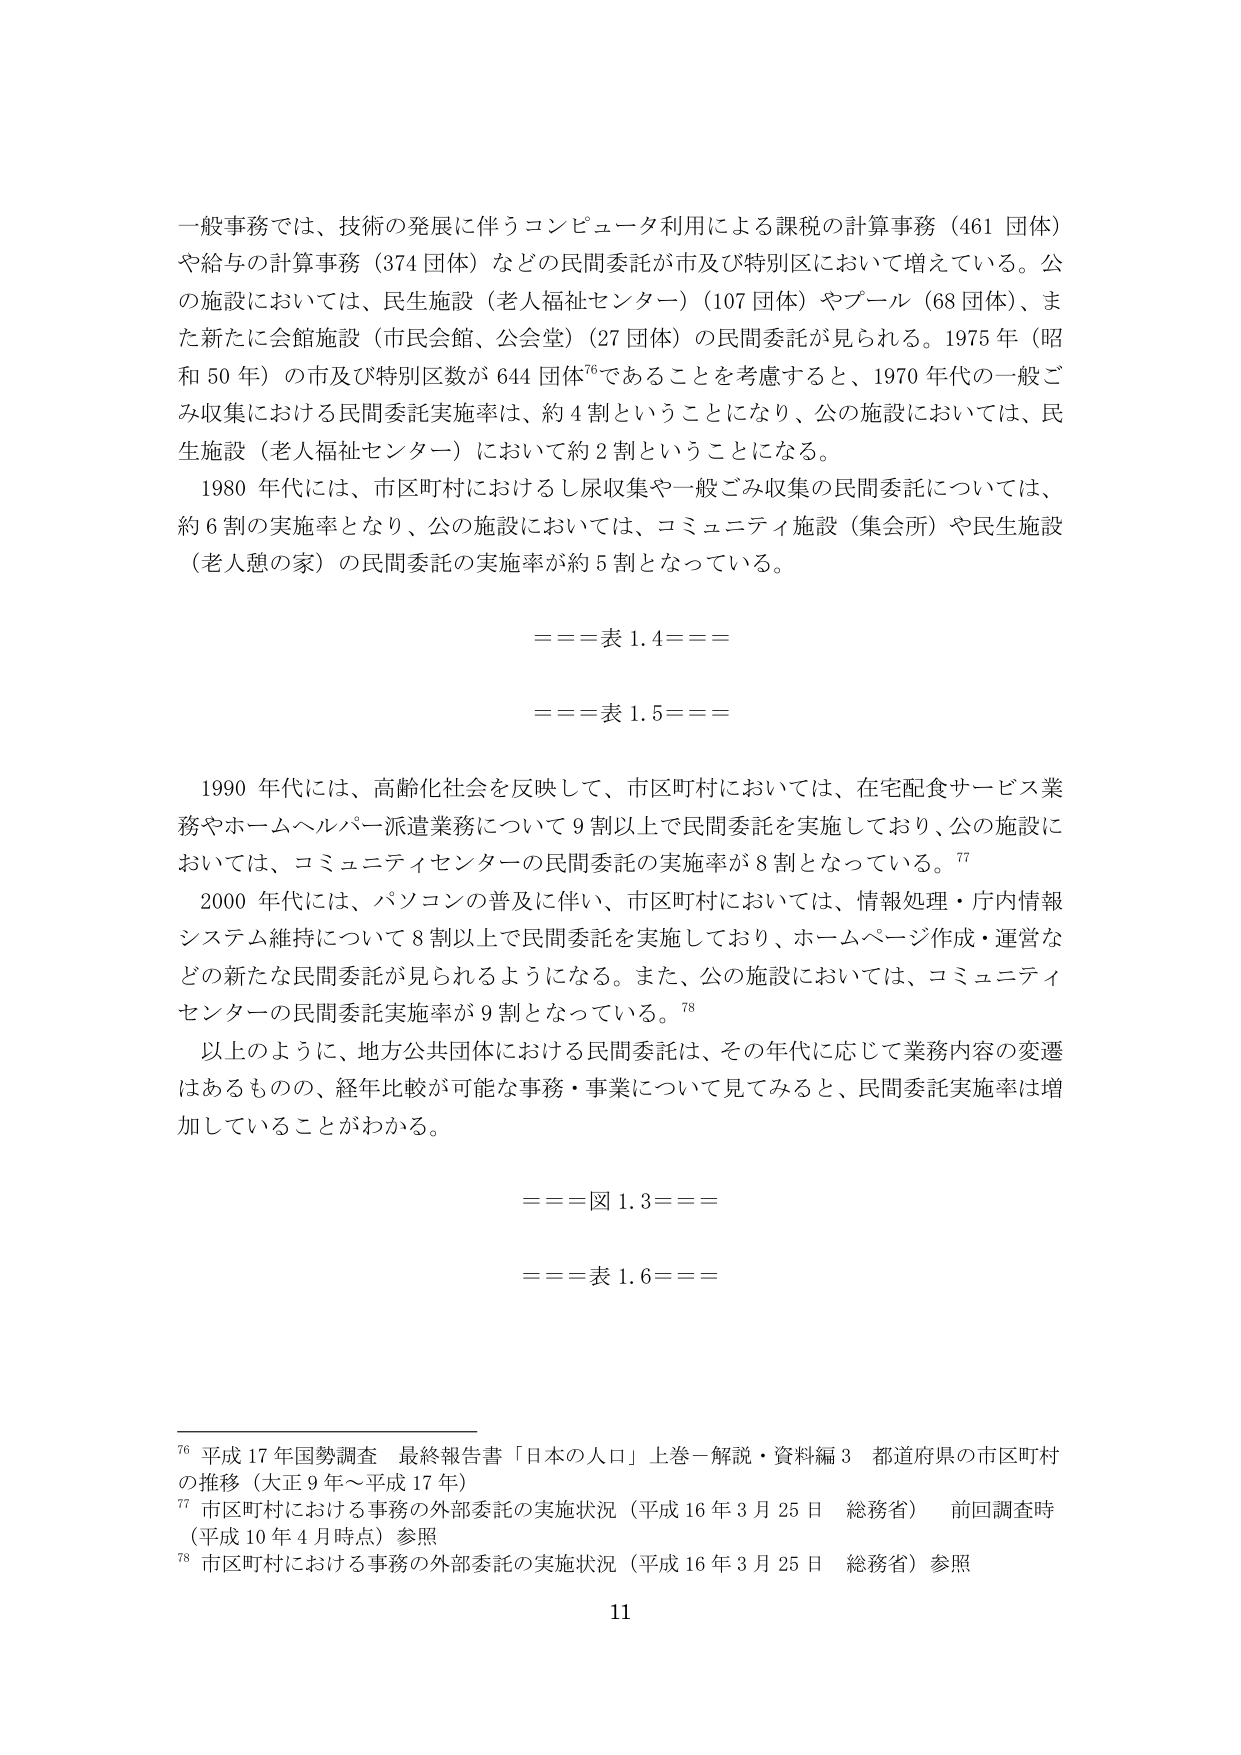
一般事務では、技術の発展に伴うコンピュータ利用による課税の計算事務（461 団体）や給与の計算事務（374 団体）などの民間委託が市及び特別区において増えている。公の施設においては、民生施設（老人福祉センター）（107 団体）やプール（68 団体）、また新たに会館施設（市民会館、公会堂）（27 団体）の民間委託が見られる。1975 年（昭和 50 年）の市及び特別区数が 644 団体⁷⁶であることを考慮すると、1970 年代の一般ごみ収集における民間委託実施率は、約 4 割ということになり、公の施設においては、民生施設（老人福祉センター）において約 2 割ということになる。

1980 年代には、市区町村におけるし尿収集や一般ごみ収集の民間委託については、約 6 割の実施率となり、公の施設においては、コミュニティ施設（集会所）や民生施設（老人憩の家）の民間委託の実施率が約 5 割となっている。

===表 1.4===

===表 1.5===

1990 年代には、高齢化社会を反映して、市区町村においては、在宅配食サービス業務やホームヘルパー派遣業務について 9 割以上で民間委託を実施しており、公の施設においては、コミュニティセンターの民間委託の実施率が 8 割となっている。⁷⁷

2000 年代には、パソコンの普及に伴い、市区町村においては、情報処理・庁内情報システム維持について 8 割以上で民間委託を実施しており、ホームページ作成・運営などの新たな民間委託が見られるようになる。また、公の施設においては、コミュニティセンターの民間委託実施率が 9 割となっている。⁷⁸

以上のように、地方公共団体における民間委託は、その年代に応じて業務内容の変遷はあるものの、経年比較が可能な事務・事業について見てみると、民間委託実施率は増加していることがわかる。

===図 1.3===

===表 1.6===

⁷⁶ 平成 17 年国勢調査 最終報告書「日本的人口」上巻―解説・資料編 3 都道府県の市区町村の推移（大正 9 年～平成 17 年）

⁷⁷ 市区町村における事務の外部委託の実施状況（平成 16 年 3 月 25 日 総務省） 前回調査時（平成 10 年 4 月時点）参照

⁷⁸ 市区町村における事務の外部委託の実施状況（平成 16 年 3 月 25 日 総務省）参照

11